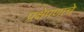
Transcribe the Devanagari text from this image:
प्रक्षेपणाचे